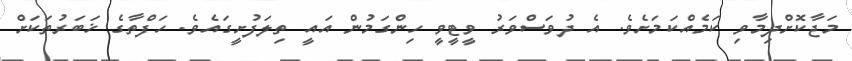
މަޖާކޮށްދިމާވި ކަމެއްކަމަށެވެ. އެ ދުވަސްވަރު ވީޓީވީ ހިންގަމުން އައީ ތިލަފުށީގައެވެ. ހަފްތާގެ ޚަބަރުތަކަށް